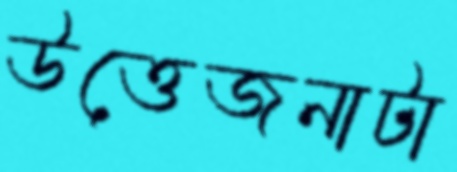
উত্তেজনাটা